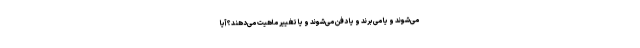
می‌شوند و یا می‌برند و یا دفن می‌شوند و یا تغییر ماهیت می‌دهند؟ آیا